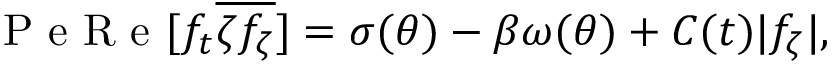
\mathrm { ~ P ~ e ~ R ~ e ~ } [ f _ { t } \overline { { \zeta f _ { \zeta } } } ] = \sigma ( \theta ) - \beta \omega ( \theta ) + C ( t ) \lvert f _ { \zeta } \vert ,